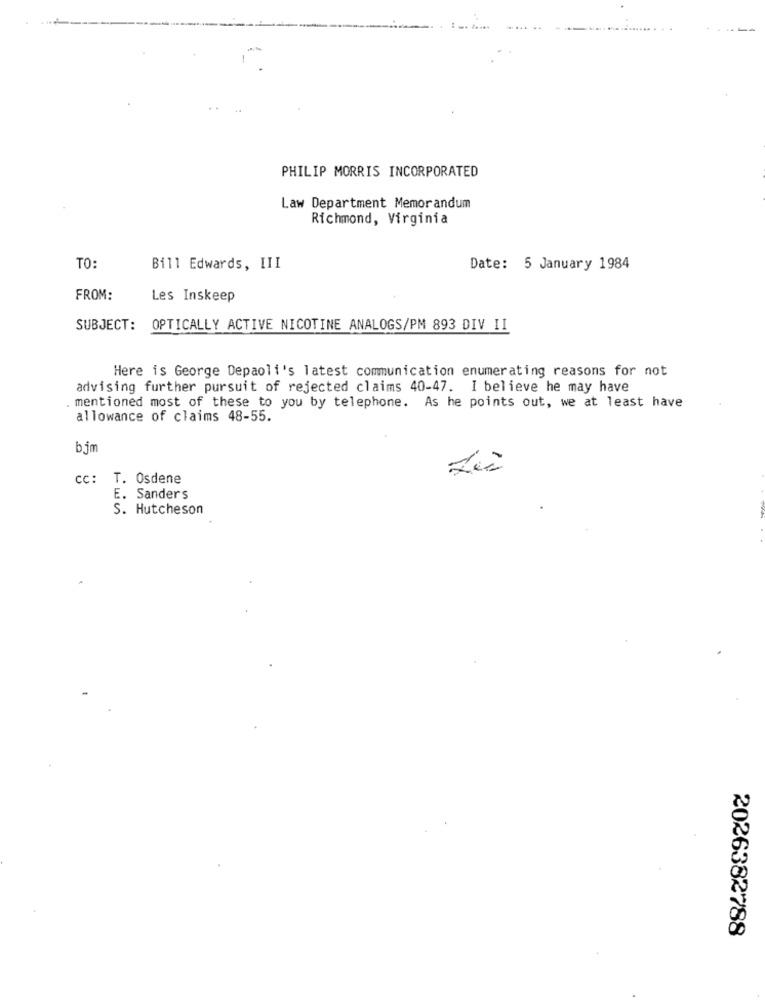
.. .....
PHILIP MORRIS INCORPORATED
Law Department Memorandum
Richmond, Virginia
TO:
Bill Edwards, III
Date: 5 January 1984
FROM:
Les Inskeep
SUBJECT:
OPTICALLY ACTIVE NICOTINE ANALOGS/PM 893 DIV II
Here is George Depaoli's latest communication enumerating reasons for not
advising further pursuit of rejected claims 40-47. I believe he may have
. mentioned most of these to you by telephone. As he points out, we at least have
allowance of claims 48-55.
bjm
cc: T. Osdene
E. Sanders
S. Hutcheson
2026382788